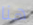
هنا